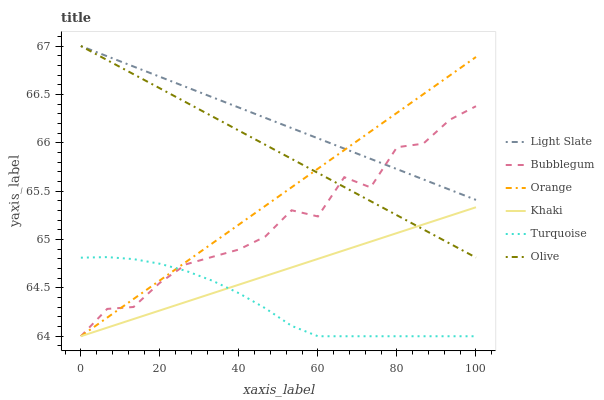
| xaxis_label | Light Slate | Bubblegum | Orange | Khaki | Turquoise | Olive |
 | --- | --- | --- | --- | --- | --- | --- |
 | 0 | 67 | 64 | 64 | 64 | 64.8 | 67 |
 | 6.67 | 66.9 | 64.3 | 64.2 | 64.1 | 64.8 | 66.9 |
 | 13.3 | 66.8 | 64.3 | 64.4 | 64.2 | 64.8 | 66.7 |
 | 20 | 66.7 | 64.6 | 64.6 | 64.3 | 64.7 | 66.6 |
 | 26.7 | 66.6 | 64.7 | 64.8 | 64.4 | 64.7 | 66.4 |
 | 33.3 | 66.5 | 64.8 | 65 | 64.4 | 64.6 | 66.3 |
 | 40 | 66.4 | 64.9 | 65.2 | 64.5 | 64.4 | 66.1 |
 | 46.7 | 66.3 | 65 | 65.3 | 64.6 | 64.3 | 66 |
 | 53.3 | 66.2 | 65.3 | 65.5 | 64.7 | 64.1 | 65.8 |
 | 60 | 66 | 65.2 | 65.7 | 64.8 | 64 | 65.7 |
 | 66.7 | 65.9 | 65.6 | 65.9 | 64.9 | 64 | 65.5 |
 | 73.3 | 65.8 | 65.5 | 66.1 | 65 | 64 | 65.4 |
 | 80 | 65.7 | 66 | 66.3 | 65.1 | 64 | 65.3 |
 | 86.7 | 65.6 | 66 | 66.5 | 65.2 | 64 | 65.1 |
 | 93.3 | 65.5 | 66.2 | 66.7 | 65.2 | 64 | 65 |
 | 100 | 65.4 | 66.4 | 66.9 | 65.3 | 64 | 64.8 |